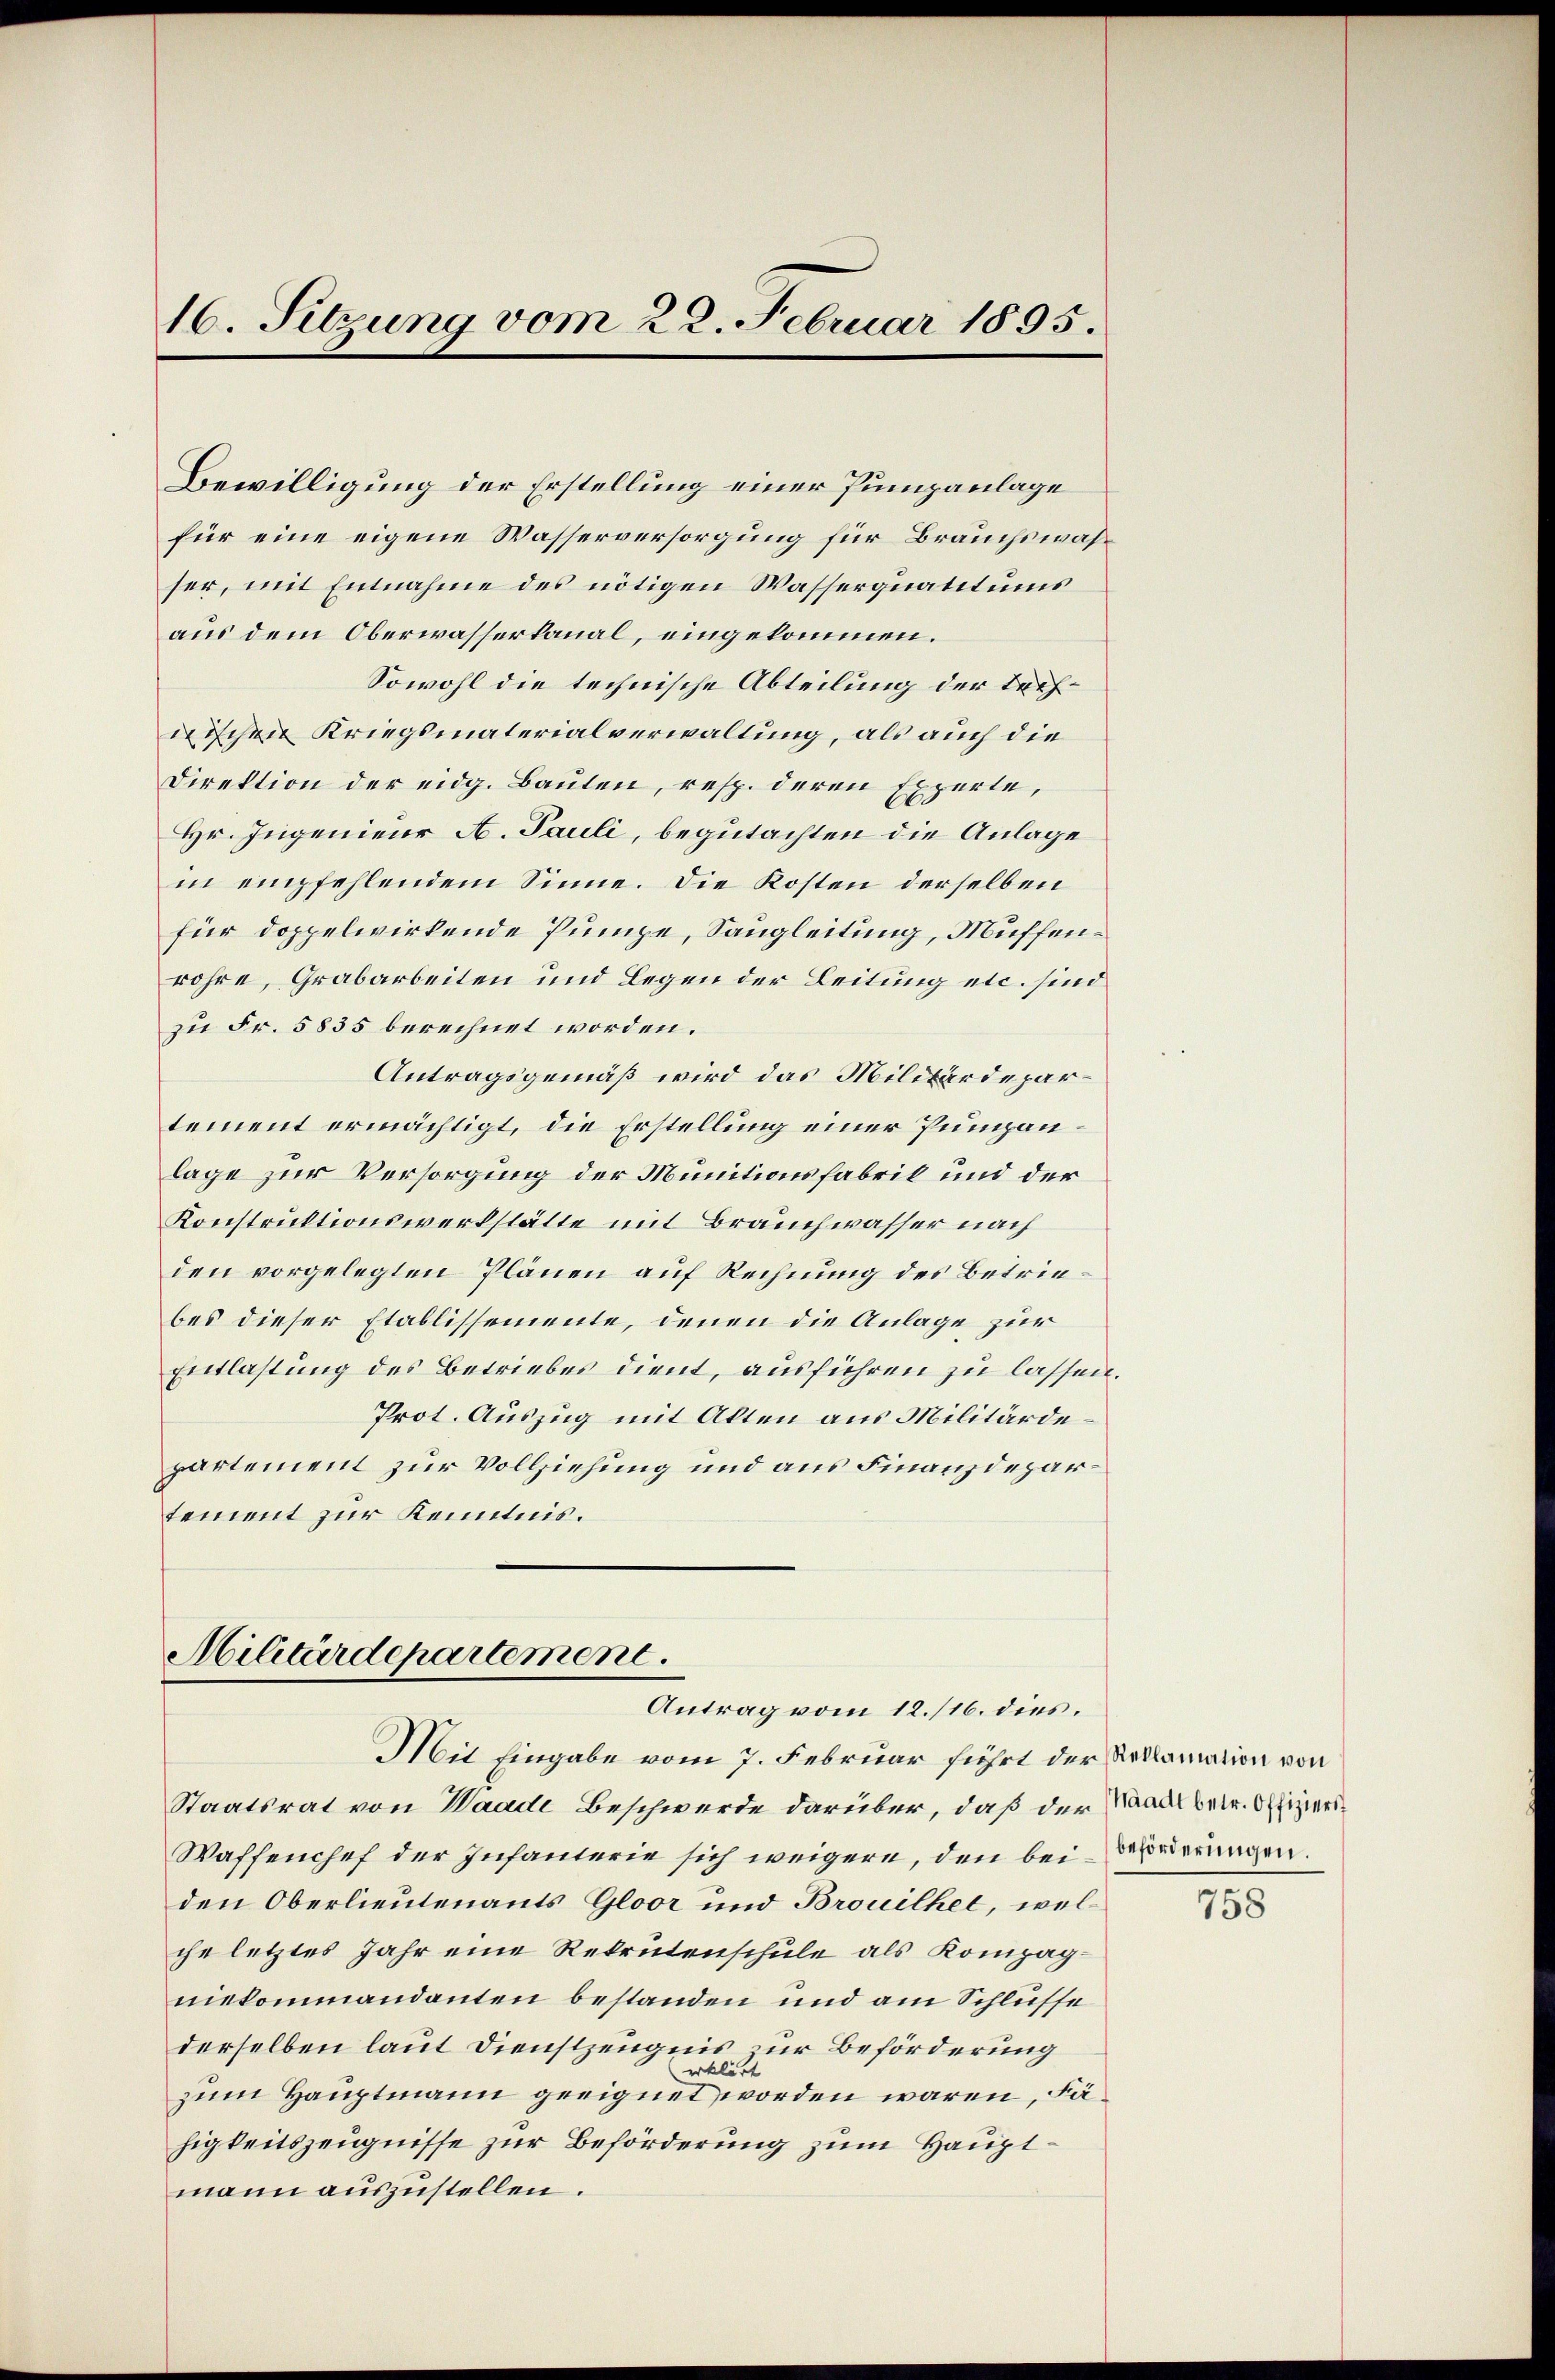
16. Sitzung vom 28. Februar 1895.

Bewilligung der Erstellung einer Pumpanlage
für eine eigene Wasserversorgung für Brauchswasser, mit Entnahme des nötigen Wasserquatitums
aus dem Oberwasserkanal, eingekommen.
Sowohl die technische Abteilung der trefischen Kriegsmaterialverwaltung, als auch die
Direktion der eidg. Bauten, resp. deren Experte,
Hr. Ingenieur A. Pauli, begutachten die Anlage
in empfehlendem Sinne. Die Kosten derselben
für doppelwirkende Pumpe, Sangleitung, Muffenröhre, Grabarbeiten und Legen der Leitung etc. sind
zu Fr. 5835 berechnet worden.
Antragsgemäß wird das Militärdepartement ermächtigt, die Erstellung einer Pumpanlage zur Versorgung der Munitionsfabrik und der
Konstruktionswerkstätte mit Brauchwasser nach
den vorgelegten Plänen auf Rechnung des Betriebes dieser Etablissemente, denen die Anlage zur
Entlastung des Betriebes dient, ausführen zu lassen
Prot. Auszug mit Alten aus Militärdepartement zur Vollziehung und aus Finanzdepartement zur Kenntnis.

Militärdepartement.
Antrag vom 12./16. dies
Mit Eingabe vom 7. Februar führt der Reklamation von

Staatsrat von Waade Beschwerde darüber, daß der Waadt betr. Offiziers
Waffenchef der Infanterie sich weigere, den bei Borderungen.
den Oberlieutenants Gloor und Brouilhel, wel
che letztes Jahr eine Rekrutenschule als Kompagniekommandanten bestanden und am Schlüsse
derselben laut Dienstzeugnis zur Beförderung
erklärt
zum Hauptmann geeignet worden wären, Fähigkeitszeugnisse zur Beförderung zum Hauptmann auszustellen.

.

758